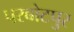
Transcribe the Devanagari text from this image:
परबोटपुर